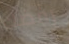
رفضك